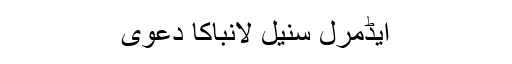
ایڈمرل سنیل لانباکا دعویٰ